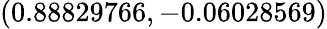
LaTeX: (0.88829766,-0.06028569)